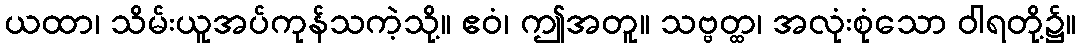
ယထာ၊ သိမ်းယူအပ်ကုန်သကဲ့သို့။ ဧဝံ၊ ဤအတူ။ သဗ္ဗတ္ထ၊ အလုံးစုံသော ဝါရတို့၌။